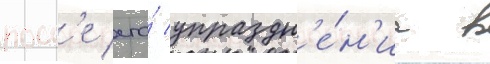
посл'е его́ упраздн'е́н'иа в